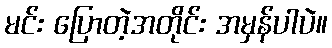
မင်း ပြောတဲ့အတိုင်း အမှန်ပါပဲ။